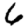
Digit: 6